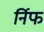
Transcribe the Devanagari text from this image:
र्निफ